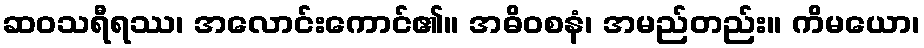
ဆဝသရီရဿ၊ အလောင်းကောင်၏။ အဓိဝစနံ၊ အမည်တည်း။ ကိမယော၊